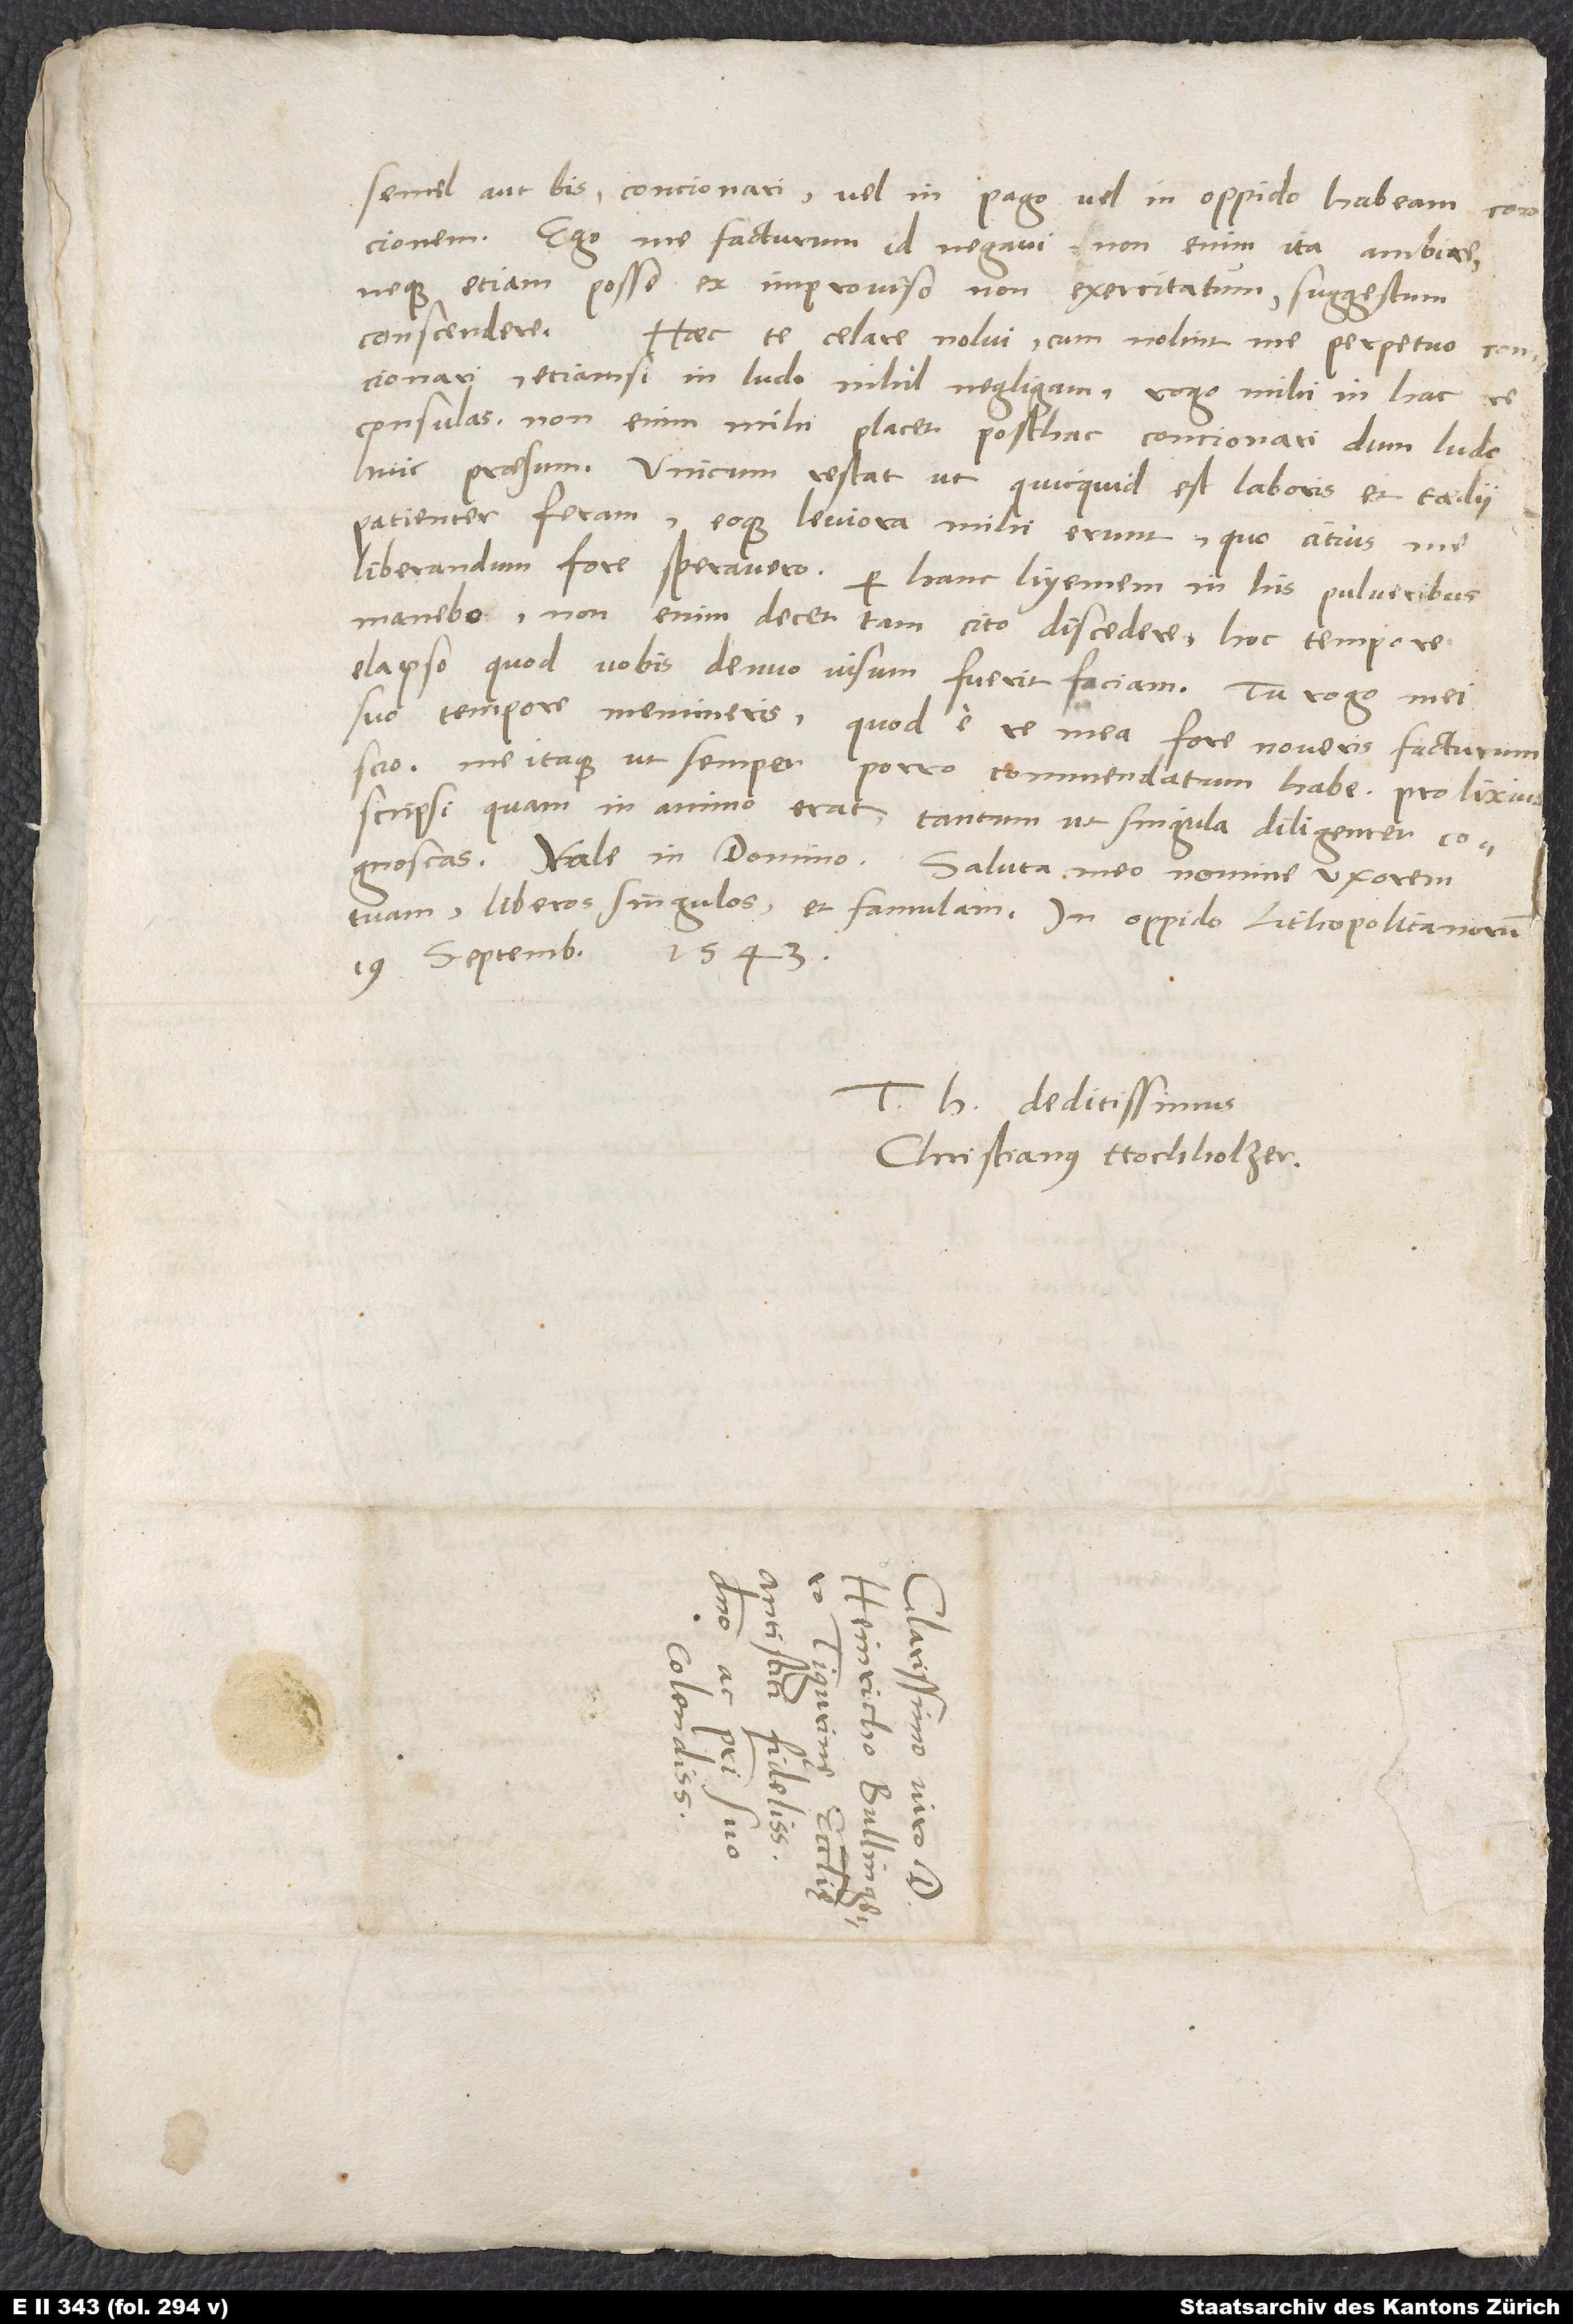
semel aut bis concionari, vel in pago vel in oppido habeam concionem.
Ego me facturum id negavi; non enim ita ambire
neque etiam posse ex improviso non exercitatum suggestum
conscendere. Haec te celare nolui. Cum nolint me perpetuo concionari,
etiamsi in ludo nihil negligam, rogo, mihi in hac re
consulas; non enim mihi placet posthac concionari, dum ludo
huic praesum. Unicum restat, ut, quicquid est laboris et taedii,
patienter feram, eoque leviora mihi erunt, quo citius me
liberandum fore speravero. Per hanc hyemem in his pulveribus
manebo, non enim decet tam cito discedere. Hoc tempore
elapso, quod vobis denuo visum fuerit, faciam. Tu, rogo, mei
suo tempore memineris. Quod e re mea fore noveris, facturum
scio, me itaque ut semper porro commendatum habe. Prolixius
scripsi, quam in animo erat, tantum ut singula diligenter
cognoscas. Vale in domino. Saluta meo nomine uxorem
tuam, liberos singulos et famulam. In oppido Lithopolitanorum,
19. septembris 1543.
T deditissimus
Christianus Hochholzer.